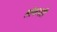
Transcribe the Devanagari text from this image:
लोकपती